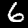
Digit: 6